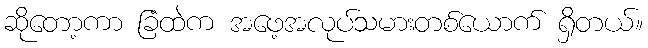
ဆိုတော့ကာ ခြံထဲက အဖေ့အလုပ်သမားတစ်ယောက် ရှိတယ်။